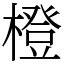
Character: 橙